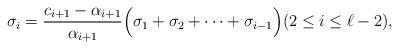
LaTeX: \begin{align*} \sigma_i = \frac{c_{i+1} - \alpha_{i+1} }{\alpha_{i+1}} \Big( \sigma_1 + \sigma_2 + \cdots + \sigma_{i-1} \Big) (2 \le i \le \ell-2),\end{align*}